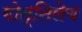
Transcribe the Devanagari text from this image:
गोत्तिलेब